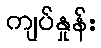
ကျပ်နှုန်း